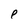
Character: P